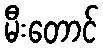
မီးတောင်